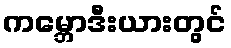
ကမ္ဘောဒီးယားတွင်